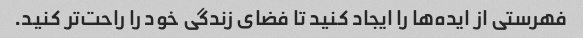
فهرستی از ایده‌ها را ایجاد کنید تا فضای زندگی خود را راحت‌تر کنید.